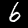
Digit: 6